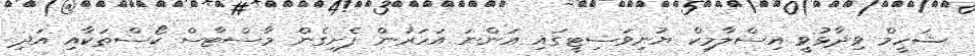
ޝަހީމް ވިދާޅުވީ އިސްލާމިކް ޔުނިވަސިޓީގައި އަންނަ އަހަރުން ފެށިގެން މާސްޓާސް ކޯސްތަކާއި އަދި